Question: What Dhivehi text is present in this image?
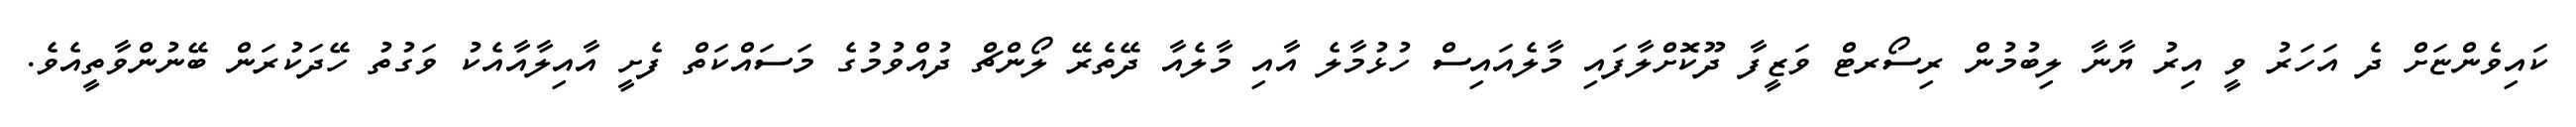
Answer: ކައިވެންޏަށް ދެ އަހަރު ވީ އިރު ޔާނާ ލިބުމުން ރިސޯރޓް ވަޒީފާ ދޫކޮށްލާފައި މާލެއައިސް ހުޅުމާލެ އާއި މާލެއާ ދޭތެރޭ ލޯންޗް ދުއްވުމުގެ މަސައްކަތް ފެށީ އާއިލާއާއެކު ވަގުތު ހޭދަކުރަން ބޭނުންވާތީއެވެ.